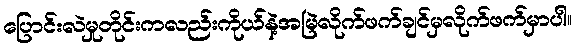
ပြောင်းလဲမှုတိုင်းကလည်းကိုယ်နဲ့အမြဲလိုက်ဖက်ချင်မှလိုက်ဖက်မှာပါ။